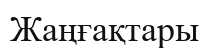
Жаңғақтары